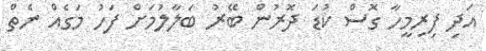
އަދި ފިރިމީހާ ގޮސް ކުޑަ ދޮރުން ބޭރު ބަލާލުމަށް ފަހު މަގެއް ނެތް